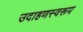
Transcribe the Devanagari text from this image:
उदाहणस्वरूप